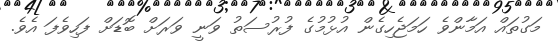
މަގުތައް އަމާންވެ ހަމަޖެހިގެން އުޅުމުގެ ފުރުސަތު ވަނީ ވަރަށް ބޮޑަށް ފަހިވެފަ އެވެ.